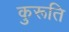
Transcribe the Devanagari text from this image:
कुरूति